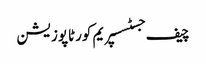
چیف جسٹسسپریم کورٹاپوزیشن